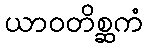
ယာဝတိစ္ဆကံ